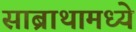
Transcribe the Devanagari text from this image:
साब्राथामध्ये